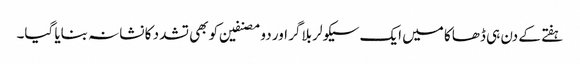
ہفتے کے دن ہی ڈھاکا میں ایک سیکولر بلاگر اور دو مصنفین کو بھی تشدد کا نشانہ بنایا گیا۔